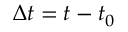
\Delta t = t - t _ { 0 }